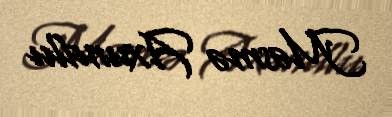
Məsmə Axundlu